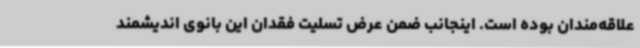
علاقه‌مندان بوده است. اینجانب ضمن عرض تسلیت فقدان این بانوی اندیشمند